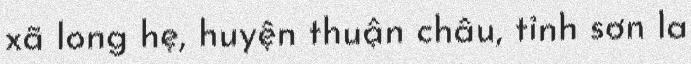
xã long hẹ, huyện thuận châu, tỉnh sơn la